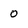
Character: 0